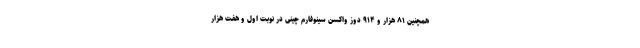
همچنین ۸۱ هزار و ۹۱۴ دوز واکسن سینوفارم چینی در نوبت اول و هفت هزار